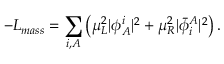
- { \cal L } _ { m a s s } = \sum _ { i , A } \left( \mu _ { L } ^ { 2 } \vert \phi _ { A } ^ { i } \vert ^ { 2 } + \mu _ { R } ^ { 2 } \vert { \bar { \phi } } _ { i } ^ { A } \vert ^ { 2 } \right) .